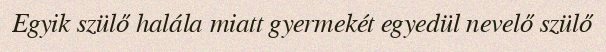
Egyik szülő halála miatt gyermekét egyedül nevelő szülő